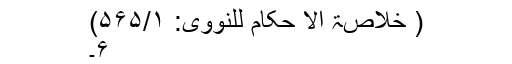
( خلاصۃ الا حکام للنووی: ۵۶۵/۱)
۶۔